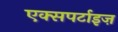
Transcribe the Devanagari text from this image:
एक्सपर्टाइज़